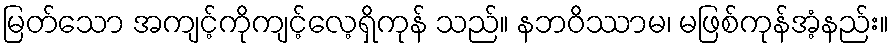
မြတ်သော အကျင့်ကိုကျင့်လေ့ရှိကုန် သည်။ နဘဝိဿာမ၊ မဖြစ်ကုန်အံ့နည်း။